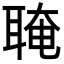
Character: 𦖈